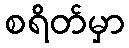
စရိတ်မှာ